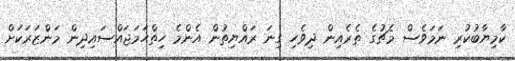
ކާމިޔާބުކުރި ނަމަވެސް މެޗުގެ ތެރެއިން ދިވެހި ގިނަ ރައްޔިތުން އެންމެ ހިތްހަމަޖައްސައިދިން މަންޒަރަކަށް